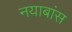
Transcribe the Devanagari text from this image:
नयाबांस